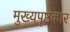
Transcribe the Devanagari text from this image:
मुख्यपृष्ठकार